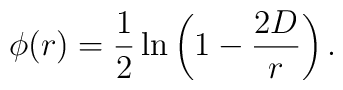
\phi(r)={1\over2}\ln\left( 1-{2D\over r}\right).